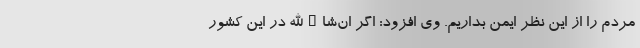
مردم را از این نظر ایمن بداریم. وی افزود: اگر ان‌شاءالله در این کشور